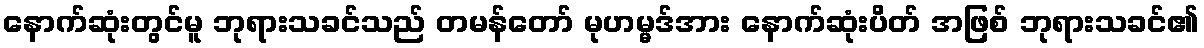
နောက်ဆုံးတွင်မူ ဘုရားသခင်သည် တမန်တော် မုဟမ္မဒ်အား နောက်ဆုံးပိတ် အဖြစ် ဘုရားသခင်၏